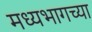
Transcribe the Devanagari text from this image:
मध्‍यभागच्या